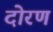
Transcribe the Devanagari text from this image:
दोरण